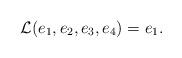
LaTeX: \begin{align*}\mathcal{L}(e_1,e_2,e_3,e_4)=e_1.\end{align*}